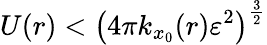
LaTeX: U(r)<\left(4\pi k_{x_{0}}(r)\varepsilon^{2}\right)^{\frac{3}{2}}